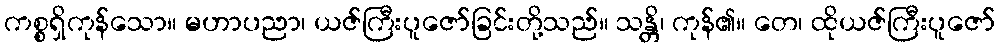
ကစ္စရှိကုန်သော။ မဟာပညာ၊ ယဇ်ကြီးပူဇော်ခြင်းတို့သည်။ သန္တိ၊ ကုန်၏။ တေ၊ ထိုယဇ်ကြီးပူဇော်